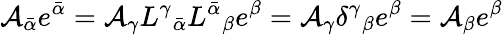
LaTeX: \mathcal{A}_{\bar{{\alpha}}}e^{\bar{{\alpha}}}=\mathcal{A}_{\gamma}L^{\gamma}{}_{\bar{{\alpha}}}L^{\bar{{\alpha}}}{}_{\beta}e^{\beta}=\mathcal{A}_{\gamma}\delta^{\gamma}{}_{\beta}e^{\beta}=\mathcal{A}_{\beta}e^{\beta}